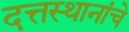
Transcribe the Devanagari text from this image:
दत्तस्थानांचे